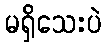
မရှိသေးပဲ